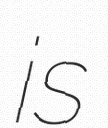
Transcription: is